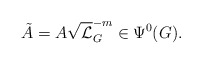
\begin{align*} \tilde{A}=A\sqrt{\mathcal{L}}_{G}^{-m}\in \Psi^{0}(G).\end{align*}